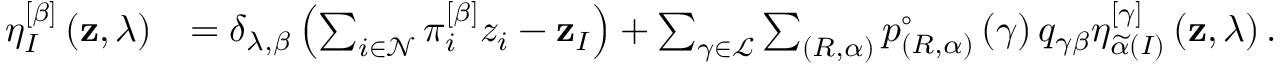
\begin{array} { r l } { \eta _ { I } ^ { \left[ \beta \right] } \left( \mathbf { z } , \lambda \right) } & { = \delta _ { \lambda , \beta } \left( \sum _ { i \in \mathcal { N } } \pi _ { i } ^ { \left[ \beta \right] } z _ { i } - \mathbf { z } _ { I } \right) + \sum _ { \gamma \in \mathcal { L } } \sum _ { \left( R , \alpha \right) } p _ { \left( R , \alpha \right) } ^ { \circ } \left( \gamma \right) q _ { \gamma \beta } \eta _ { \widetilde { \alpha } \left( I \right) } ^ { \left[ \gamma \right] } \left( \mathbf { z } , \lambda \right) . } \end{array}